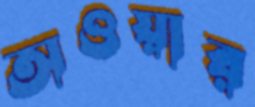
অওয়ার